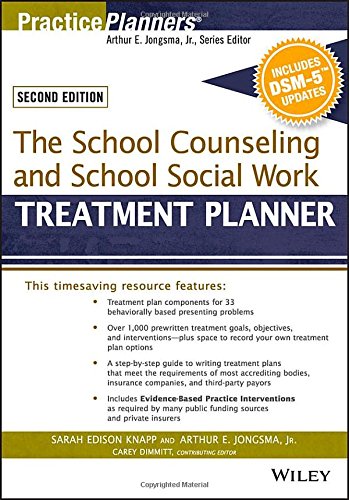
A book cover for The School Counseling and School Social Work Treatment Planner, with DSM-5 Updates, 2nd Edition (PracticePlanners); Sarah Edison Knapp; Education & Teaching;